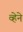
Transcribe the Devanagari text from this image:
व्हेने